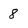
Character: 8